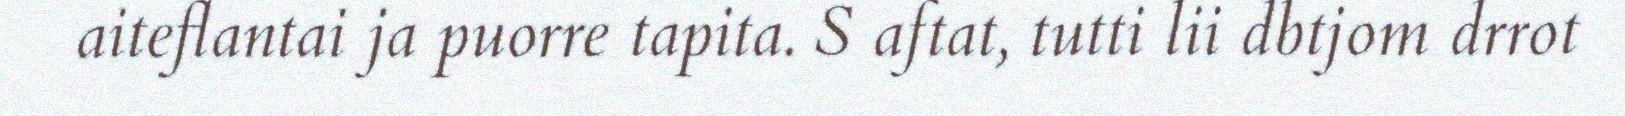
aiteflantai ja puorre tapita. S aftat, tutti lii dbtjom drrot